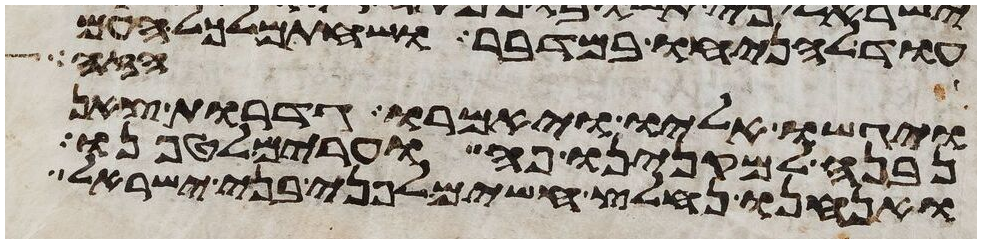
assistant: עוד להניחו במדבר ושחתם לכל העם
הזה
ויגשו אליו ויאמרו גדרות צאן
נבנה למקנינו פה וערים לטפנו
ואנחנו נחלץ חשים לפני בני ישראל